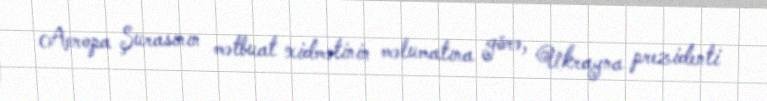
Avropa Şurasının mətbuat xidmətinin məlumatına görə, Ukrayna prezidenti